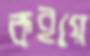
কইয়ে